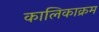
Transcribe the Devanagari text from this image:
कालिकाक्रम